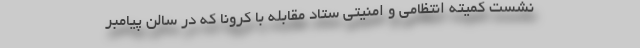
نشست کمیته انتظامی و امنیتی ستاد مقابله با کرونا که در سالن پیامبر